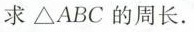
求△ABC的周长.